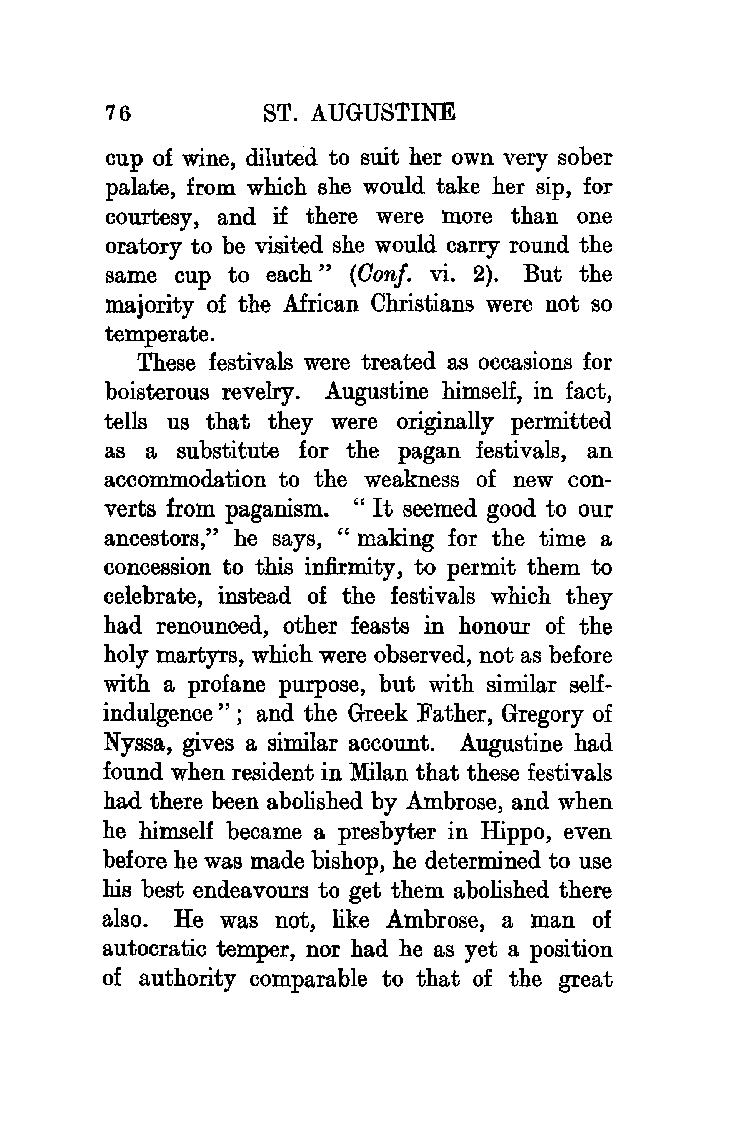
76        ST. AUGUSTINE
 cup of wine, diluted to suit her own very sober
 palate, from which she would take her sip, for
 courtesy, and if there were more than one
 oratory to be visited she would carry round the
 same cup to each" (Oonf. vi. 2). But the
 majority of the African Christians were not so
 temperate.
 These festivals were treated as occasions for
 boisterous revelry. Augustine himself, in fact,
 tells us that they were originally permitted
 as a substitute for the pagan festivals, an
 accommodation to the weakness of new con
 verts from paganism. "It seemed good to our
 ancestors," he says, " making for the time a
 concession to this infirmity, to permit them to
 celebrate, instead of the festivals which they
 had renounced, other feasts in honour of the
 holy martyrs, which were observed, not as before
 with a profane purpose, but with similar self
 indulgence"; and the Greek Father, Gregory of
 Nyssa, gives a similar account. Augustine had
 found when resident in Milan that these festivals
 had there been abolished by Ambrose, and when
 he himself became a presbyter in Hippo, even
 before he was made bishop, he determined to use
 his best endeavours to get them abolished there
 also. He was not, like Ambrose, a man of
 autocratic temper, nor had he as yet a position
 of authority comparable to that of the great